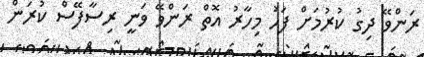
ރަންވޭ ދިގު ކުރުމަށް ފަހު މިހާރު އޮތް ރަންވޭ ވަނީ ރިސާފޭސް ކުރަން